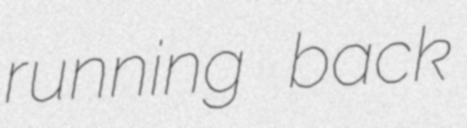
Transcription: running back